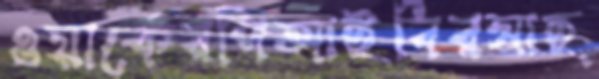
ওয়ার্কেরপিআইবিরসাহ